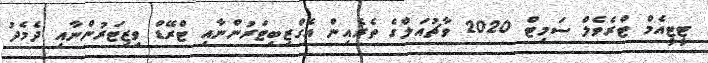
ޓީޓީއެމް ޓްރެވެލް ސަމިޓް 2020 ވާޗުއަލްގެ ތެރެއިން އެގްޒިބިޓަރުންނާއި ޓްރޭޑް ވިޒިޓަރުންނާއި ދެމެދު